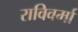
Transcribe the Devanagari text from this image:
राविवर्मा